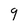
Character: 9